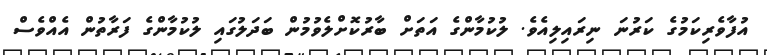
އުފާވެރިކަމުގެ ކަރުނަ ނިރައިލިއެވެ. ލުކުމާންގެ އަތަށް ބާރުކޮށްލެވުމުން ބަދަލުގައި ލުކުމާންގެ ފަރާތުން އެއްވެސް